Civil Veterinary Department. Central Provinces & Berar 1932-41 - 1932-1941
Year: 1932
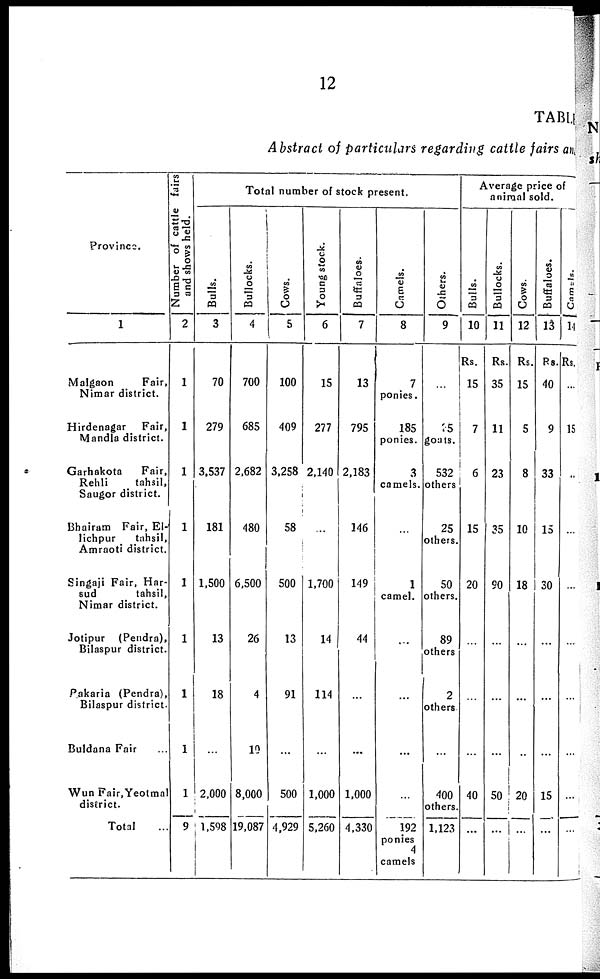
12
TABLE
Abstract of particulars regarding cattle fairs and
Province.
1
Malgaon
Fair,
Nimar district.
Hirdenagar
Fair,
Mandla district.
Garhakota
Fair,
Rehli
tahsil,
Saugor district.
Bhairam Fair, El¬
lichpur
tahsil,
Amraoti district.
Singaji Fair, Har¬
sud
tahsil,
Nimar district.
Jotipur (Pendra),
Bilaspur district.
Pakaria (Pendra),
Bilaspur district.
Buldana Fair ...
Wun Fair,Yeotmal
district.
Total ...
Number of cattle fairs
and shows held.
2
1
1
1
1
1
1
1
1
1
9
Total number of stock present.
Bulls.
3
70
279
3,537
181
1,500
13
18
...
2,000
1,598
Bullocks.
4
700
685
2,682
480
6,500
26
4
10
8,000
19,087
Cows.
5
100
409
3,258
58
500
13
91
...
500
4,929
Young stock.
6
15
277
2,140
...
1,700
14
114
...
1,000
5,260
Buffaloes.
7
13
795
2,183
146
149
44
...
...
1,000
4,330
Camels.
8
7
ponies.
185
ponies.
3
camels.
...
1
camel.
...
...
...
...
192
ponies
4
camels
Others.
9
...
25
goats.
532
others
25
others.
50
others.
89
others
2
others
...
400
others.
1,123
Average price of
animal sold.
Bulls.
10
Rs.
15
7
6
15
20
...
...
...
40
...
Bullocks.
11
Rs.
35
11
23
35
90
...
...
...
50
...
Cows.
12
Rs.
15
5
8
10
18
...
...
...
20
...
Buffaloes.
13
Rs.
40
9
33
15
30
...
...
...
15
...
Camels.
14
Rs.
...
15
...
...
...
...
...
...
...
...